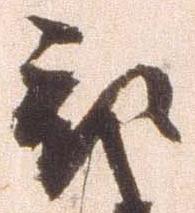
被